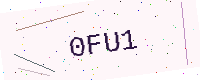
Text: 0FU1